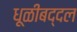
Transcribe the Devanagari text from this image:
धूळीबद्दल